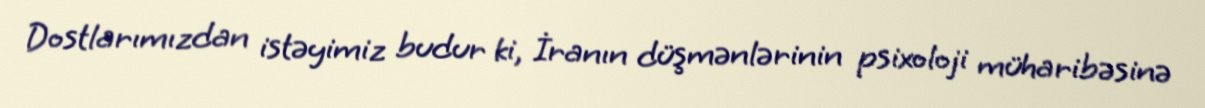
Dostlarımızdan istəyimiz budur ki, İranın düşmənlərinin psixoloji müharibəsinə